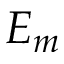
E _ { m }